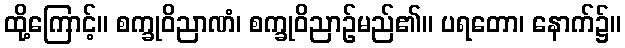
ထို့ကြောင့်။ စက္ခုဝိညာဏံ၊ စက္ခုဝိညာဉ်မည်၏။ ပရတော၊ နောက်၌။